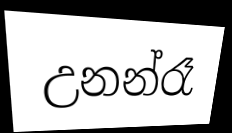
උනන්රෑ